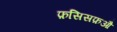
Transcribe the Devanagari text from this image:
फ़सिसफ़औ